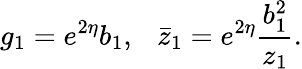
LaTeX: g_{1}=e^{2\eta}b_{1},~~~\bar{z}_{1}=e^{2\eta}\frac{b_{1}^{2}}{z_{1}}.